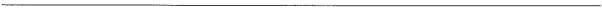
___